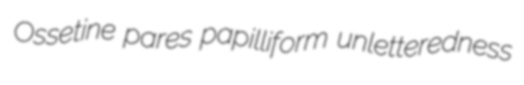
Ossetine pares papilliform unletteredness